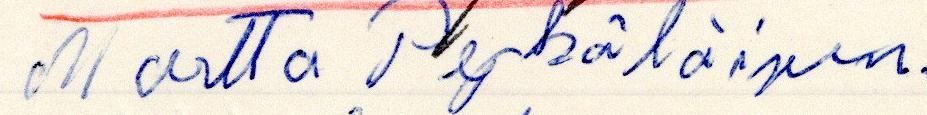
Martta Pykäläinen